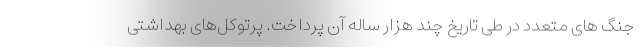
جنگ های متعدد در طی تاریخ چند هزار ساله آن پرداخت. پرتوکل‌های بهداشتی